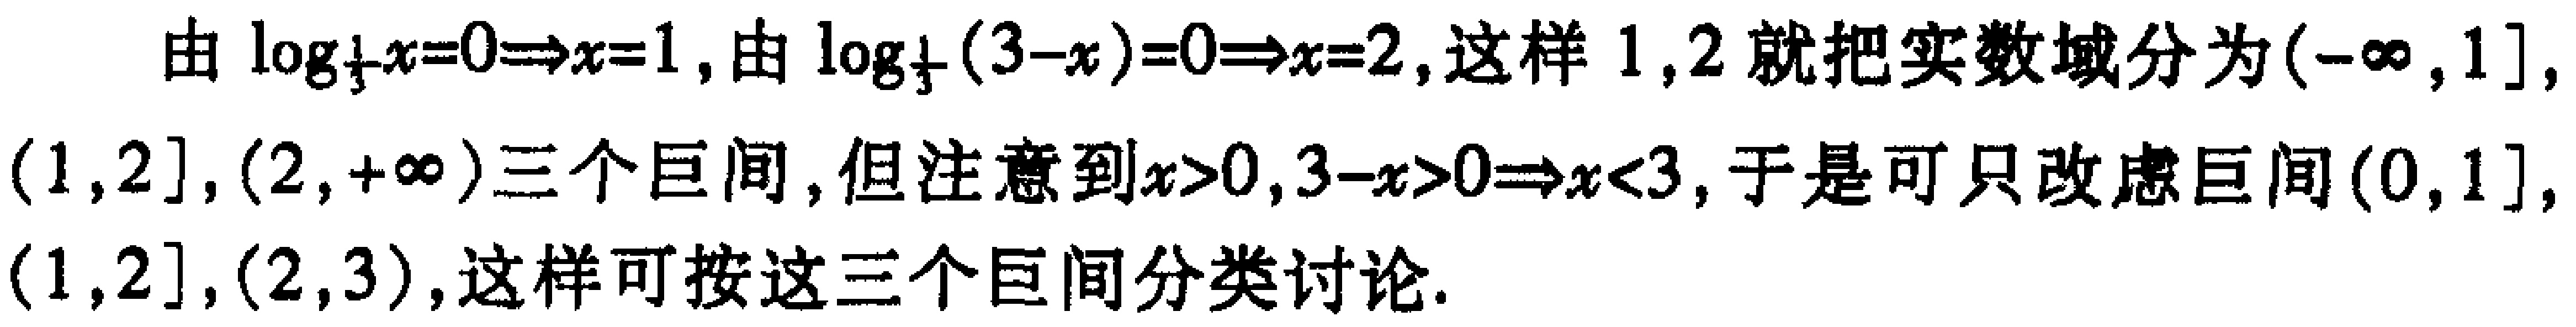
由\(\log_{\frac{1}{3}}x = 0\Rightarrow x = 1\)，由\(\log_{\frac{1}{3}}(3 - x)=0\Rightarrow x = 2\)，这样\(1,2\)就把实数域分为\((-\infty,1]\)，\((1,2]\)，\((2,+\infty)\)三个区间，但注意到\(x>0\)，\(3 - x>0\Rightarrow x<3\)，于是可只考虑区间\((0,1]\)，\((1,2]\)，\((2,3)\)，这样可按这三个区间分类讨论.